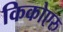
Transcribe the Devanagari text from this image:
किकोएरु